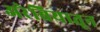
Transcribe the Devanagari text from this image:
अरेबियातून